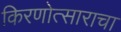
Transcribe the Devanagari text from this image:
किरणोत्साराचा